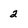
Character: 2